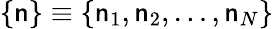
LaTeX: \{ \mathsf{n}\} \equiv\{ \mathsf{n}_{1},\mathsf{n}_{2},\dots,\mathsf{n}_{N}\}